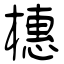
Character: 橞